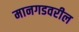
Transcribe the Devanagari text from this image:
मानगडवरील